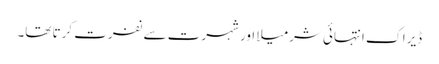
ڈیراک انتہائی شرمیلا اور شہرت سے نفرت کرتا تھا۔